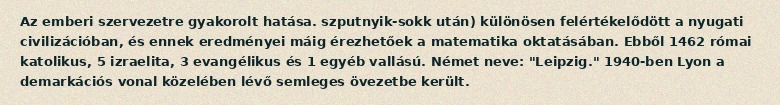
Az emberi szervezetre gyakorolt hatása. szputnyik-sokk után) különösen felértékelődött a nyugati civilizációban, és ennek eredményei máig érezhetőek a matematika oktatásában. Ebből 1462 római katolikus, 5 izraelita, 3 evangélikus és 1 egyéb vallású. Német neve: "Leipzig." 1940-ben Lyon a demarkációs vonal közelében lévő semleges övezetbe került.